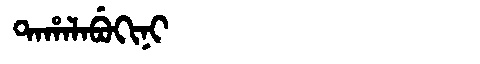
Manchu: ᡨᠠᡥᠠᠯᠠᠪᡠᡴᡳᠨᡳ
Romanization: TAHALABUKINI